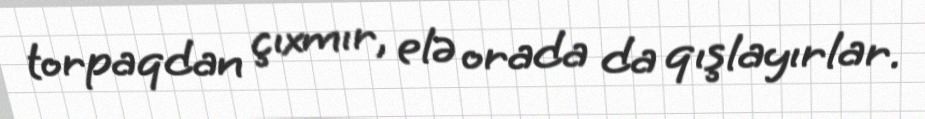
torpaqdan çıxmır, elə orada da qışlayırlar.